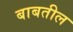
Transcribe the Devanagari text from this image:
बाबतील